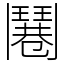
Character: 𩰓